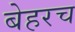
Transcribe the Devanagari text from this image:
बेहरच